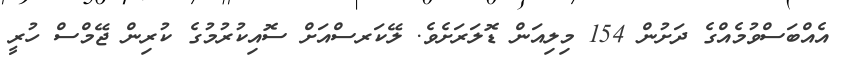
އެއްބަސްވުމެއްގެ ދަށުން 154 މިލިއަން ޑޮލަރަށެވެ. ލޭކަރސްއަށް ސޮއިކުރުމުގެ ކުރިން ޖޭމްސް ހުރީ